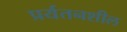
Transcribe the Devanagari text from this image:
प्रर्यतनशील